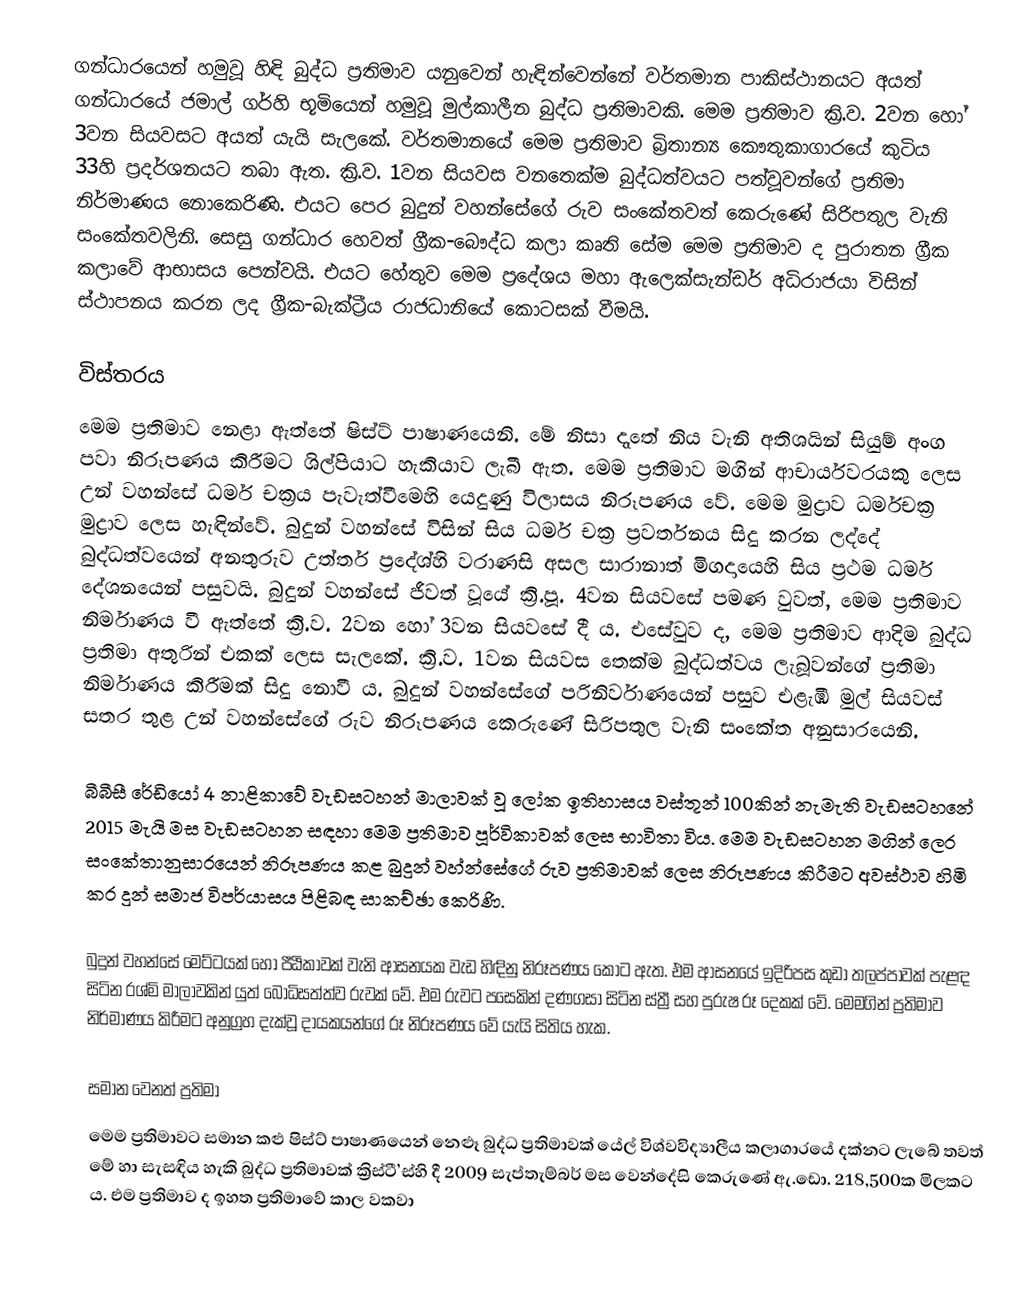
ගන්ධාරයෙන් හමුවූ හිඳි බුද්ධ ප්‍රතිමාව යනුවෙන් හැඳින්වෙන්නේ වර්තමාන පාකිස්ථානයට අයත් ගන්ධාරයේ ජමාල් ගර්හි භූමියෙන් හමුවූ මුල්කාලීන බුද්ධ ප්‍රතිමාවකි. මෙම ප්‍රතිමාව ක්‍රි.ව. 2වන හෝ 3වන සියවසට අයත් යැයි සැලකේ. වර්තමානයේ මෙම ප්‍රතිමාව බ්‍රිතාන්‍ය‍ කෞතුකාගාරයේ කුටිය 33හි ප්‍රදර්ශනයට තබා ඇත. ක්‍රි.ව. 1වන සියවස වනතෙක්ම බුද්ධත්වයට පත්වූවන්ගේ ප්‍රතිමා නිර්මාණය නොකෙරිණි. එයට පෙර බුදුන් වහන්සේගේ රුව සංකේතවත් කෙරුණේ සිරිපතුල වැනි සංකේතවලිනි. සෙසු ගන්ධාර හෙවත් ග්‍රීක-බෞද්ධ කලා කෘති සේම මෙම ප්‍රතිමාව ද පුරාතන ග්‍රීක කලාවේ ආභාසය පෙන්වයි. එයට හේතුව මෙම ප්‍රදේශය මහා ඇලෙක්සැන්ඩර් අධිරාජයා විසින් ස්ථාපනය කරන ලද ග්‍රීක-බැක්ට්‍රීය රාජධානියේ කොටසක් වීමයි.

විස්තරය
මෙම ප්‍රතිමාව නෙළා ඇත්තේ ෂිස්ට් පාෂාණයෙනි. මේ නිසා දෑතේ නිය වැනි අතිශයින් සියුම් අංග පවා නිරූපණය කිරීමට ශිල්පියාට හැකියාව ලැබී ඇත. මෙම ප්‍රතිමාව මගින් ආචාර්යවරයකු ලෙස උන් වහන්සේ ධර්ම චක්‍රය පැවැත්වීමෙහි යෙදුණු විලාසය නිරූපණය වේ. මෙම මුද්‍රාව ධර්මචක්‍ර මුද්‍රාව ලෙස හැඳින්වේ. බුදුන් වහන්සේ විසින් සිය ධර්ම චක්‍ර ප්‍රවර්තනය සිදු කරන ලද්දේ බුද්ධත්වයෙන් අනතුරුව උත්තර් ප්‍රදේශ්හි වරාණසි අසල සාරානාත් මිගදායෙහි සිය ප්‍රථම ධර්ම දේශනයෙන් පසුවයි. බුදුන් වහන්සේ ජීවත් වූයේ ක්‍රි.පූ. 4වන සියවසේ පමණ වුවත්, මෙම ප්‍රතිමාව නිර්මාණය වී ඇත්තේ ක්‍රි.ව. 2වන හෝ 3වන සියවසේ දී ය. එසේවුව ද, මෙම ප්‍රතිමාව ආදිම බුද්ධ ප්‍රතිමා අතුරින් එකක් ලෙස සැලකේ. ක්‍රි.ව. 1වන සියවස තෙක්ම බුද්ධත්වය ලැබූවන්ගේ ප්‍රතිමා නිර්මාණය කිරීමක් සිදු නොවී ය. බුදුන් වහන්සේගේ පරිනිර්වාණයෙන් පසුව එළැඹි මුල් සියවස් සතර තුළ උන් වහන්සේගේ රුව නිරූපණය කෙරුණේ සිරිපතුල වැනි සංකේත අනුසාරයෙනි.

බීබීසී රේඩියෝ 4 නාළිකාවේ වැඩසටහන් මාලාවක් වූ ලෝක ඉතිහාසය වස්තූන් 100කින් නැමැති වැඩසටහනේ 2015 මැයි මස වැඩසටහන සඳහා මෙම ප්‍රතිමාව පූර්විකාවක් ලෙස භාවිතා විය. මෙම වැඩසටහන මගින් ලෙර සංකේතානුසාරයෙන් නිරූපණය කළ බුදුන් වහ්න්සේගේ රුව ප්‍රතිමාවක් ලෙස නිරූපණය කිරීමට අවස්ථාව හිමි කර දුන් සමාජ විපර්යාසය පිළිබඳ සාකච්ඡා කෙරිණි.

බුදුන් වහන්සේ මෙට්ටයක් හෝ පීඨිකාවක් වැනි ආසනයක වැඩ හිඳිනු නිරූපණය කොට ඇත. එම ආසනයේ ඉදිරිපස කුඩා තලප්පාවක් පැළඳ සිටින රශ්මි මාලාවකින් යුත් බෝධිසත්ත්ව රුවක් වේ. එම රුවට පසෙකින් දණගසා සිටින ස්ත්‍රී සහ පුරුෂ රූ දෙකක් වේ. මෙමගින් ප්‍රතිමාව නිර්මාණය කිරීමට අනුග්‍රහ දැක්වූ දායකයන්ගේ රූ නිරූපණය වේ යැයි සිතිය හැක.

සමාන වෙනත් ප්‍රතිමා
මෙම ප්‍රතිමාවට සමාන කළු ෂිස්ට් පාෂාණයෙන් නෙළූ බුද්ධ ප්‍රතිමාවක් යේල් විශ්වවිද්‍යාලීය කලාගාරයේ දක්නට ලැබේ තවත් මේ හා සැසඳිය හැකි බුද්ධ ප්‍රතිමාවක් ක්‍රිස්ටී’ස්හි දී 2009 සැප්තැම්බර් මස වෙන්දේසි කෙරුණේ ඇ.ඩො. 218,500ක මිලකට ය. එම ප්‍රතිමාව ද ‍ඉහත ප්‍රතිමාවේ කාල වකවා